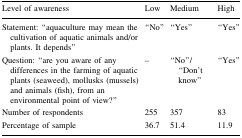
| Level of awareness | Low | Medium | High |
 | --- | --- | --- | --- |
 | Statement: “aquaculture may mean the cultivation of aquatic animals and/or plants. It depends” | “No” | “Yes” | “Yes” |
 | Question: “are you aware of any differences in the farming of aquatic plants (seaweed), mollusks (mussels) and animals (fish), from an environmental point of view?” | – | “No”/“Don’t know” | “Yes” |
 | Number of respondents | 255 | 357 | 83 |
 | Percentage of sample | 36.7 | 51.4 | 11.9 |